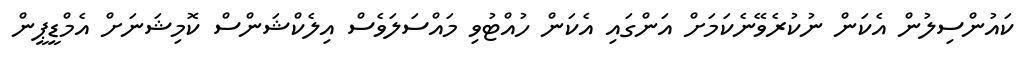
ކައުންސިލުން އެކަން ނުކުރެވޭނެކަމަށް އަންގައި އެކަން ހުއްޓުވި މައްސަލަވެސް އިލެކްޝަންސް ކޮމިޝަނަށް އެމްޑީޕީން